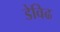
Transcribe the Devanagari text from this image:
डेविढ